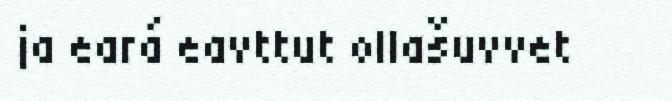
ja eará eavttut ollašuvvet